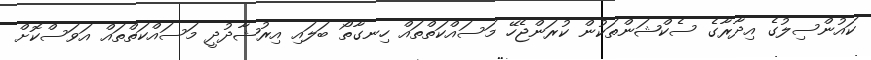
ކައުންސިލުގެ އިދާރާގެ ސެކްޝަންތަކުން ކުރަންޖެހޭ މަސައްކަތްތައް ހިނގާތޯ ބަލައި އިރުޝާދުދީ މަސައްކަތްތައް އަވަސްކޮށް